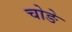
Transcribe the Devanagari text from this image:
चोङे